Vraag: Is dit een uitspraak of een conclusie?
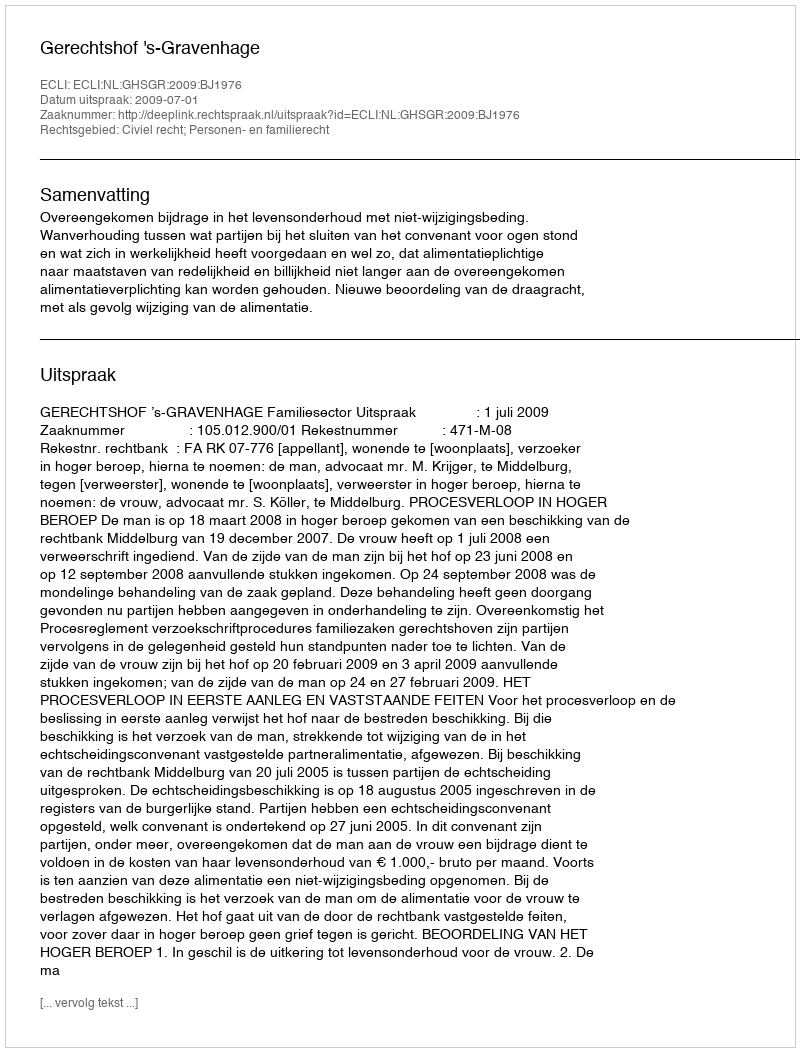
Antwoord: Uitspraak